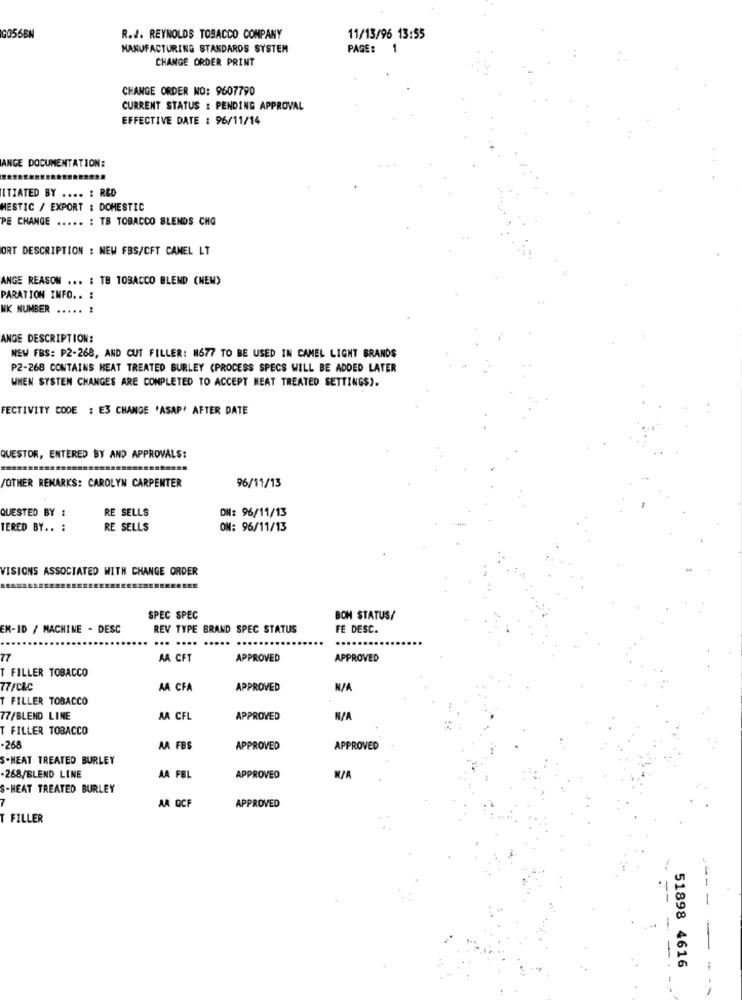
G056BN
R.J. REYNOLDS TOBACCO COMPANY
11/13/96 13:55
MANUFACTURING STANDARDS SYSTEM
PAGE: 1
CHANGE ORDER PRINT
CHANGE ORDER NO: 9607790
CURRENT STATUS : PENDING APPROVAL
EFFECTIVE DATE : 96/11/14
ANGE DOCUMENTATION:
ITIATED BY .... : R&D
MESTIC / EXPORT : DOMESTIC
PE CHANGE ..... : TB TOBACCO BLENDS CHG
ORT DESCRIPTION : NEW FBS/CFT CANEL LT
ANGE REASON ... : TB TOBACCO BLEND (NEW)
PARATION INFO .. :
NK NUMBER .....
ANGE DESCRIPTION:
NEW FBS: P2-268, AND CUT FILLER: 1677 TO BE USED IN CAMEL LIGHT BRANDS
P2-268 CONTAINS HEAT TREATED BURLEY (PROCESS SPECS WILL BE ADDED LATER
WHEN SYSTEN CHANGES ARE COMPLETED TO ACCEPT MEAT TREATED SETTINGS).
FECTIVITY CODE : E3 CHANGE 'ASAP' AFTER DATE
QUESTOR, ENTERED BY AND APPROVALS:
96/11/13
/OTHER REMARKS: CAROLYN CARPENTER
QUESTED BY :
RE SELLS
ON: 96/11/13
TERED BY .. :
RE SELLS
ON: 96/11/13
VISIONS ASSOCIATED WITH CHANGE ORDER
SPEC SPEC
BOM STATUS/
EM-ID / MACHINE - DESC
REV TYPE BRAND SPEC STATUS
FE DESC.
... ....
77
AA CFT
APPROVED
APPROVED
FILLER TOBACCO
77/C&C
AA CFA
APPROVED
T FILLER TOBACCO
77/BLEND LINE
AA CFL
APPROVED
T FILLER TOBACCO
-268
AA FBS
APPROVED
APPROVED
S-HEAT TREATED BURLEY
-268/BLEND LINE
AA FEL
APPROVED
-HEAT TREATED BURLEY
AA GCF
APPROVED
7
T FILLER
-
-
51898 4616